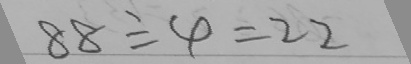
8 8 \div 4 = 2 2